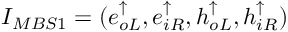
I _ { M B S 1 } = ( e _ { o L } ^ { \uparrow } , e _ { i R } ^ { \uparrow } , h _ { o L } ^ { \uparrow } , h _ { i R } ^ { \uparrow } )